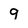
Character: 9